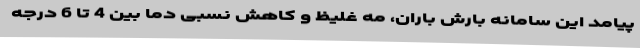
پیامد این سامانه بارش باران، مه غلیظ و کاهش نسبی دما بین 4 تا 6 درجه